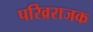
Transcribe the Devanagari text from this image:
परिव्रराजक